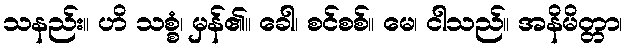
သနည်း။ ဟိ သစ္စံ၊ မှန်၏။ ခေါ၊ စင်စစ်။ မေ၊ ငါသည်။ အနိမိတ္တာ၊